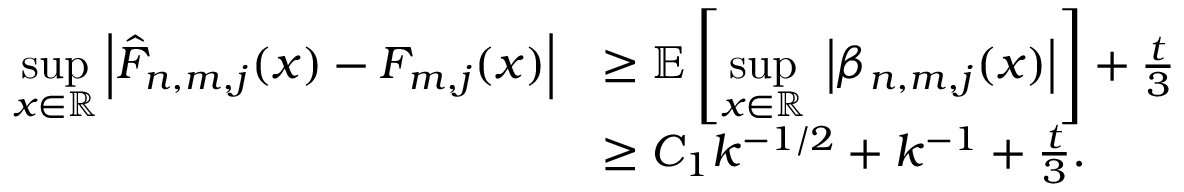
\begin{array} { r l } { \underset { x \in \mathbb { R } } { \operatorname* { s u p } } \left| \hat { F } _ { n , m , j } ( x ) - F _ { m , j } ( x ) \right| } & { \geq \mathbb { E } \left[ \underset { x \in \mathbb { R } } { \operatorname* { s u p } } \; \left| \beta _ { n , m , j } ( x ) \right| \right] + \frac { t } { 3 } } \\ & { \geq C _ { 1 } k ^ { - 1 / 2 } + k ^ { - 1 } + \frac { t } { 3 } . } \end{array}